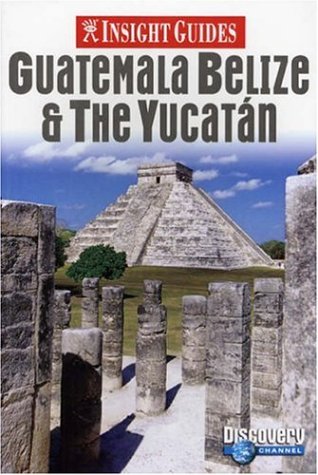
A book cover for Insight Guides Guatemala Belize & the Yucatan (Insight Guide Guatemala, Belize & Yucatan); Travel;